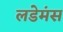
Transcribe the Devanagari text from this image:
लडेमंस